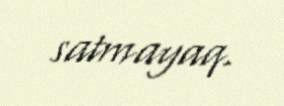
satmayaq.